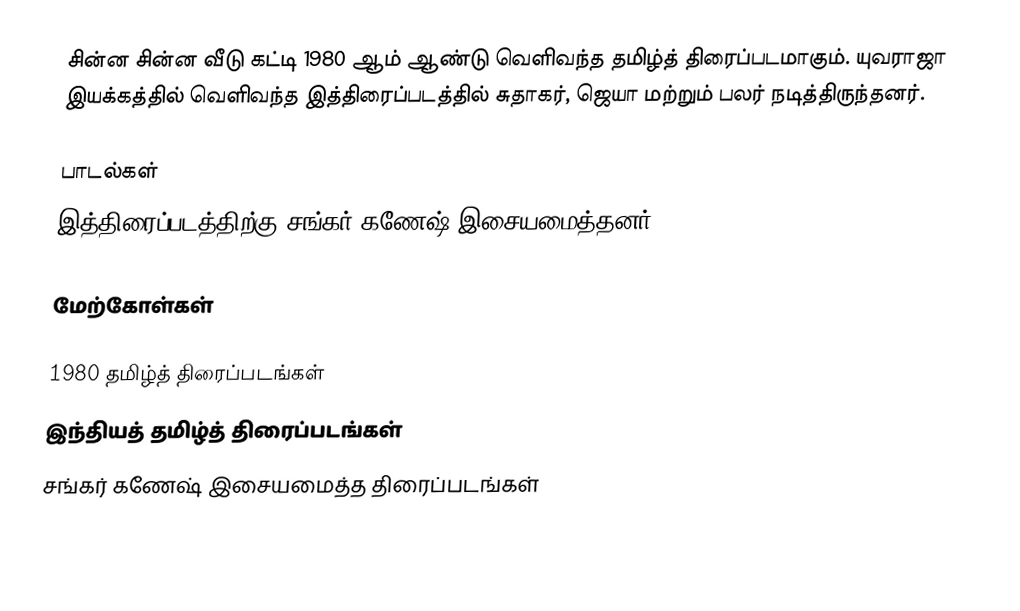
சின்ன சின்ன வீடு கட்டி 1980 ஆம் ஆண்டு வெளிவந்த தமிழ்த் திரைப்படமாகும். யுவராஜா இயக்கத்தில் வெளிவந்த இத்திரைப்படத்தில் சுதாகர், ஜெயா மற்றும் பலர் நடித்திருந்தனர்.

பாடல்கள்
இத்திரைப்படத்திற்கு சங்கர் கணேஷ் இசையமைத்தனர்.

மேற்கோள்கள்

1980 தமிழ்த் திரைப்படங்கள்
இந்தியத் தமிழ்த் திரைப்படங்கள்
சங்கர் கணேஷ் இசையமைத்த திரைப்படங்கள்